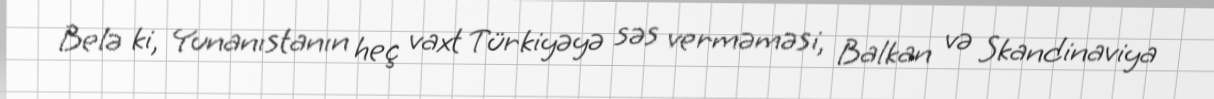
Belə ki, Yunanıstanın heç vaxt Türkiyəyə səs verməməsi, Balkan və Skandinaviya